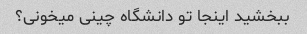
ببخشید اینجا تو دانشگاه چینی میخونی؟